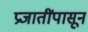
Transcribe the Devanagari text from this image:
प्रजातींपासून